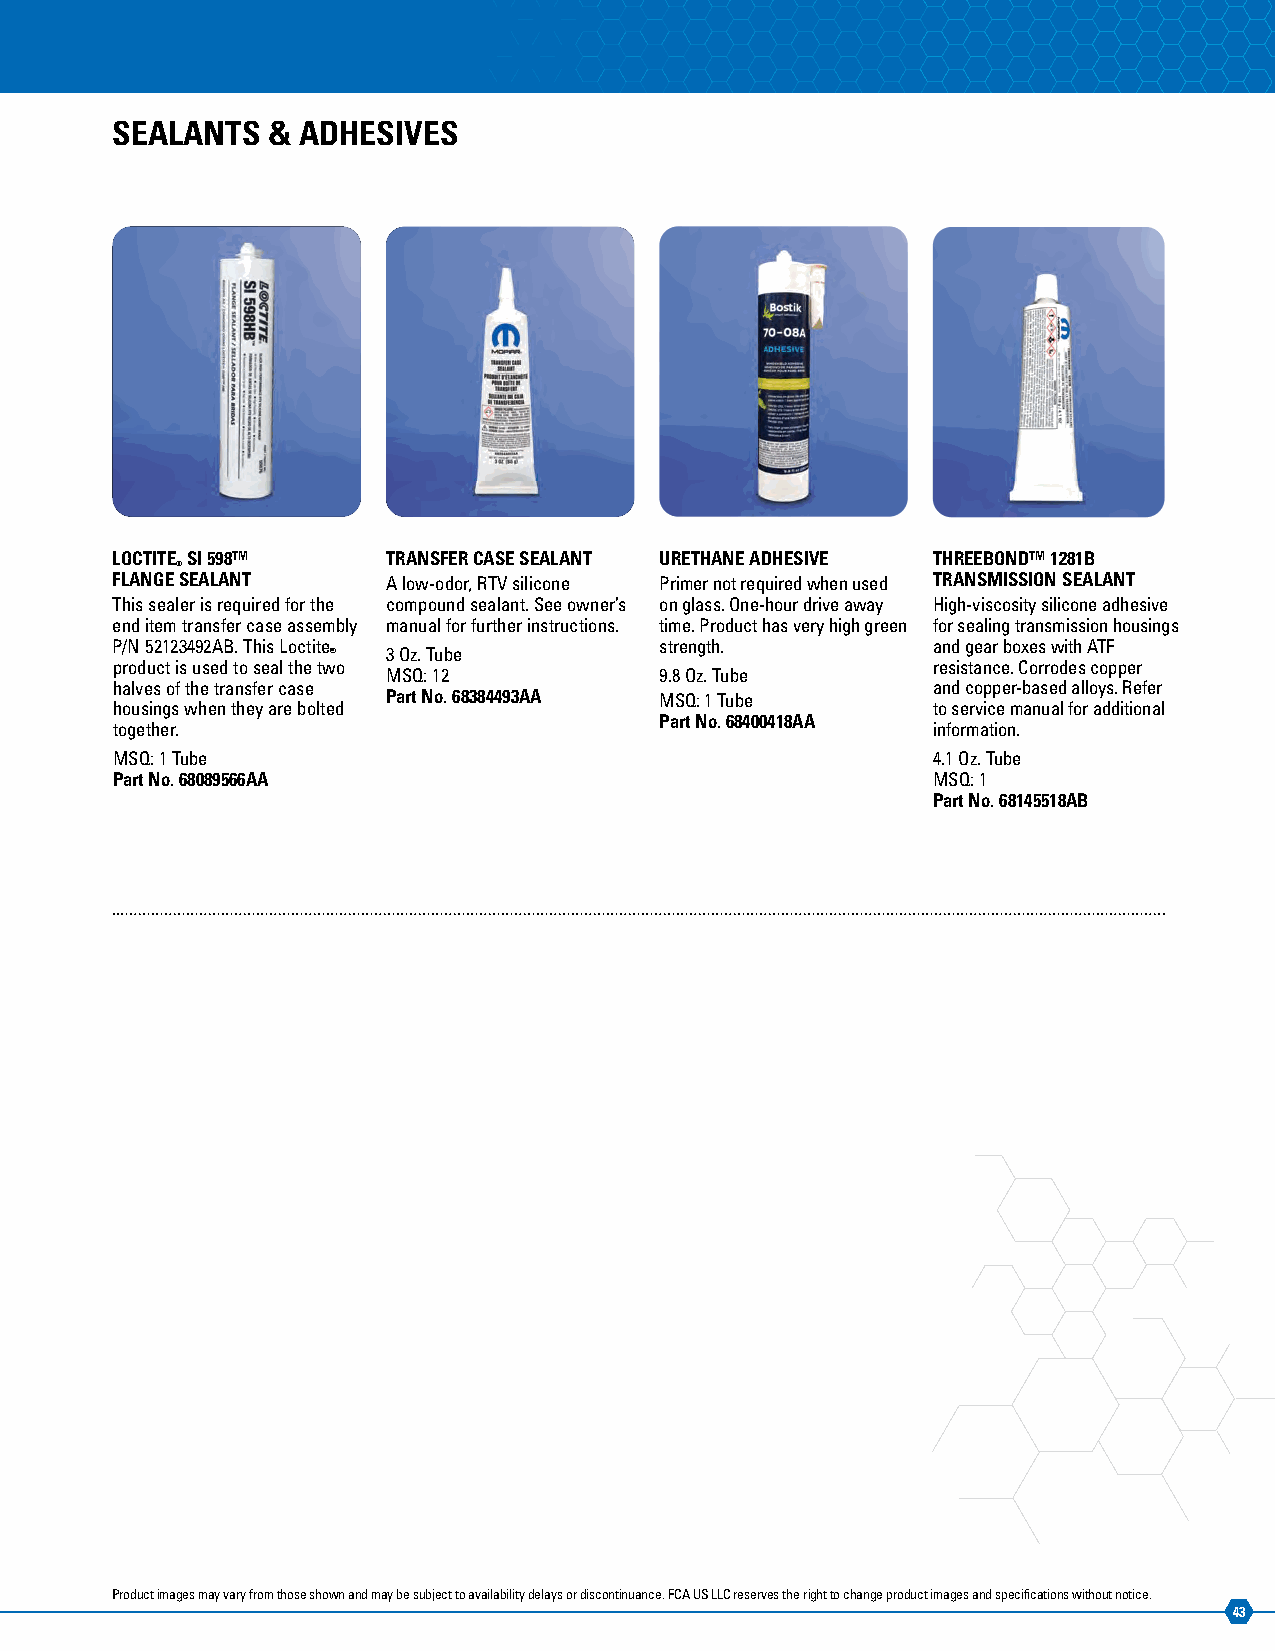
SEALANTS   & ADHESIVES
 LOCTITE SI 598™    TRANSFER CASE SEALANT URETHANE ADHESIVE THREEBOND™ 1281B
 ®
 FLANGE SEALANT     A low-odor, RTV silicone Primer not required when used TRANSMISSION SEALANT
 This sealer is required for the compound sealant. See owner’s on glass. One-hour drive away High-viscosity silicone adhesive
 end item transfer case assembly manual for further instructions. time. Product has very high green for sealing transmission housings
 P/N 52123492AB. This Loctite         strength.         and gear boxes with ATF
 ®   3 Oz. Tube
 product is used to seal the two                        resistance. Corrodes copper
 MSQ: 12           9.8 Oz. Tube
 halves of the transfer case                            and copper-based alloys. Refer
 Part No. 68384493AA MSQ: 1 Tube
 housings when they are bolted                          to service manual for additional
 Part No. 68400418AA
 together.                                              information.
 MSQ: 1 Tube                                            4.1 Oz. Tube
 Part No. 68089566AA                                    MSQ: 1
 Part No. 68145518AB
 Product images may vary from those shown and may be subject to availability delays or discontinuance. FCA US LLC reserves the right to change product images and specifications without notice.
 43